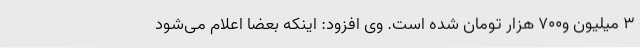
۳ میلیون و۷۰۰ هزار تومان شده است. وی افزود: اینکه بعضا اعلام می‌شود